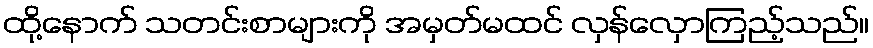
ထို့နောက် သတင်းစာများကို အမှတ်မထင် လှန်လှောကြည့်သည်။